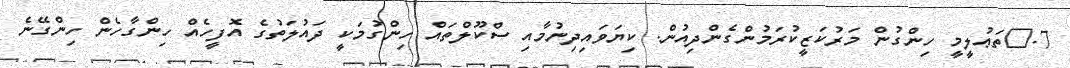
7.	ތަޢުލީމީ ހިންގުން މަރުކަޒީކުރަމުންގެންދިއުން. ކިޔަވައިދިނުމާއި ސްކޫލްތައް ހިންގުމަކީ ދައުލަތުގެ އޮފީހެއް ހިންގާހެން ހިންގޭނެ